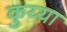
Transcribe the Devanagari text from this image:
कुय्या